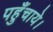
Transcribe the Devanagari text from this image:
पहुँचाये।